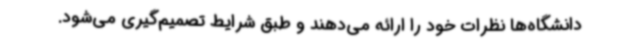
دانشگاه‌ها نظرات خود را ارائه می‌دهند و طبق شرایط تصمیم‌گیری می‌شود.